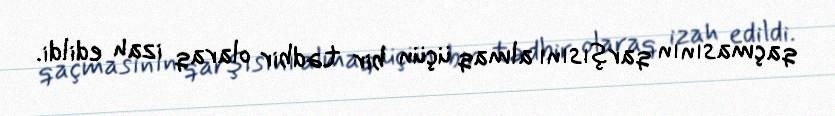
qaçmasının qarşısını almaq üçün bir tədbir olaraq izah edildi.